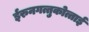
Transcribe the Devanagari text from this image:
ईरुनगत्तुकोत्ताई